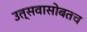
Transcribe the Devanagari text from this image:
उत्सवासोबतच